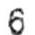
6